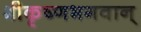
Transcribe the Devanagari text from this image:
श्रीकृष्णभगवान्